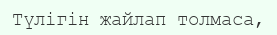
Түлігін жайлап толмаса,